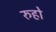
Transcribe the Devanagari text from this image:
रुहो